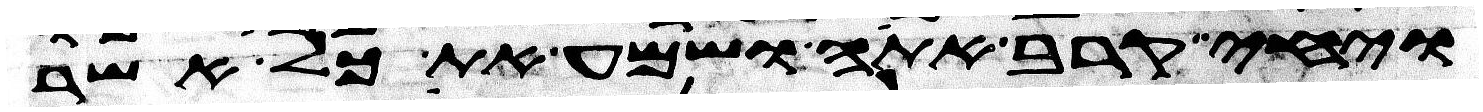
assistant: ויחי קרב אתה ושמע את כל אשר